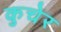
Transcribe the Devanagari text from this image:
कुचेर